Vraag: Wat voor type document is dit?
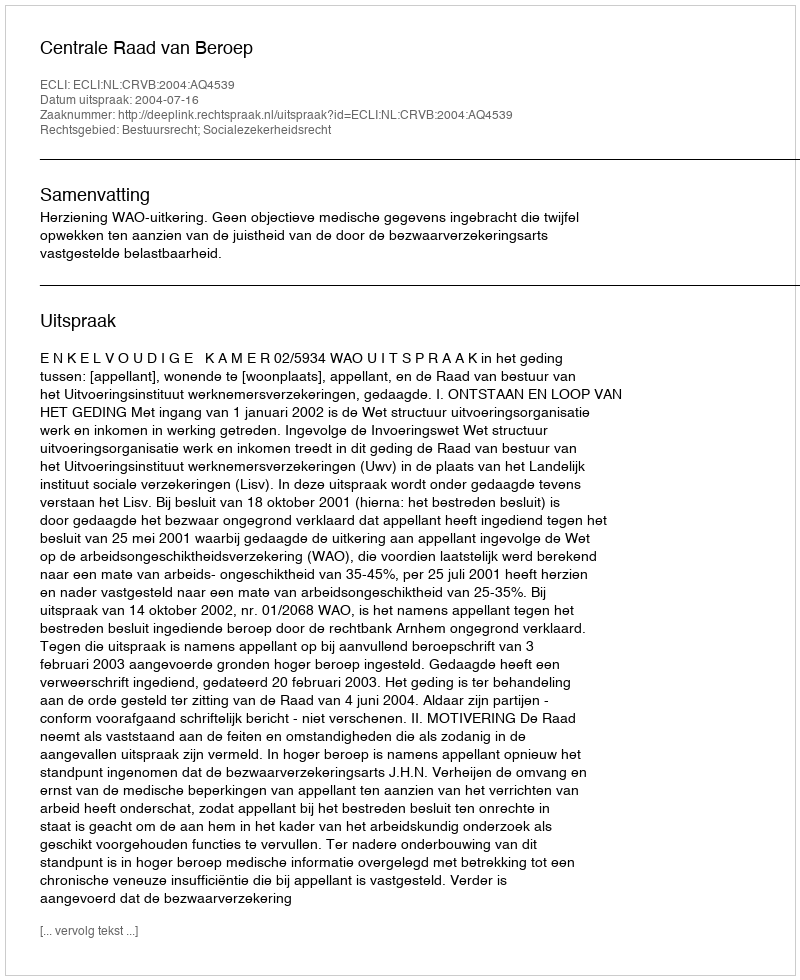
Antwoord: Uitspraak